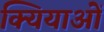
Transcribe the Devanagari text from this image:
क्यियाओं